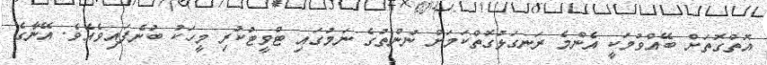
އޮތްގޮތަށް ބޭއްވުމަކީ އެންމެ ރަނގަޅުގޮތްކަމަށް ނުންތުގެ ނަމުގައި ޓްވީޓުކުރި މީހަކު ބުނެފައިވެއެވެ. އޭނާގެ